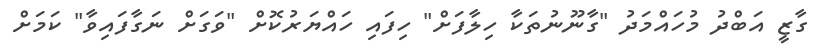
ގާޒީ އަބްދު މުހައްމަދު "ގާނޫނުތަކާ ހިލާފަށް" ހިފައި ހައްޔަރުކޮށް "ވަގަށް ނަގާފައިވާ" ކަމަށް